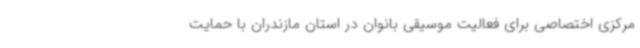
مرکزی اختصاصی برای فعالیت موسیقی بانوان در استان مازندران با حمایت